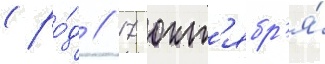
(ро́д // 17 окт'ябр'я́